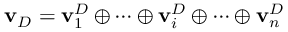
\mathbf { v } _ { D } = \mathbf { v } _ { 1 } ^ { D } \oplus \cdots \oplus \mathbf { v } _ { i } ^ { D } \oplus \cdots \oplus \mathbf { v } _ { n } ^ { D }